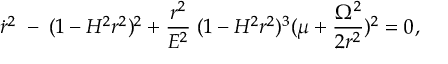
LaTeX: \dot { r } ^ { 2 } \; - \; ( 1 - H ^ { 2 } r ^ { 2 } ) ^ { 2 } + \frac { r ^ { 2 } } { E ^ { 2 } } \; ( 1 - H ^ { 2 } r ^ { 2 } ) ^ { 3 } ( \mu + \frac { \Omega ^ { 2 } } { 2 r ^ { 2 } } ) ^ { 2 } = 0 ,